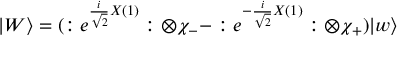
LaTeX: | W \rangle = ( : e ^ { \frac { i } { \sqrt { 2 } } X ( 1 ) } : \otimes \chi _ { - } - : e ^ { - \frac { i } { \sqrt { 2 } } X ( 1 ) } : \otimes \chi _ { + } ) | w \rangle